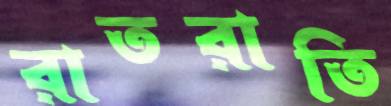
রাতরাতি